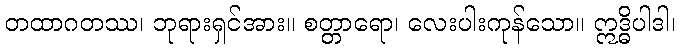
တထာဂတဿ၊ ဘုရားရှင်အား။ စတ္တာရော၊ လေးပါးကုန်သော။ ဣဒ္ဓိပါဒါ၊